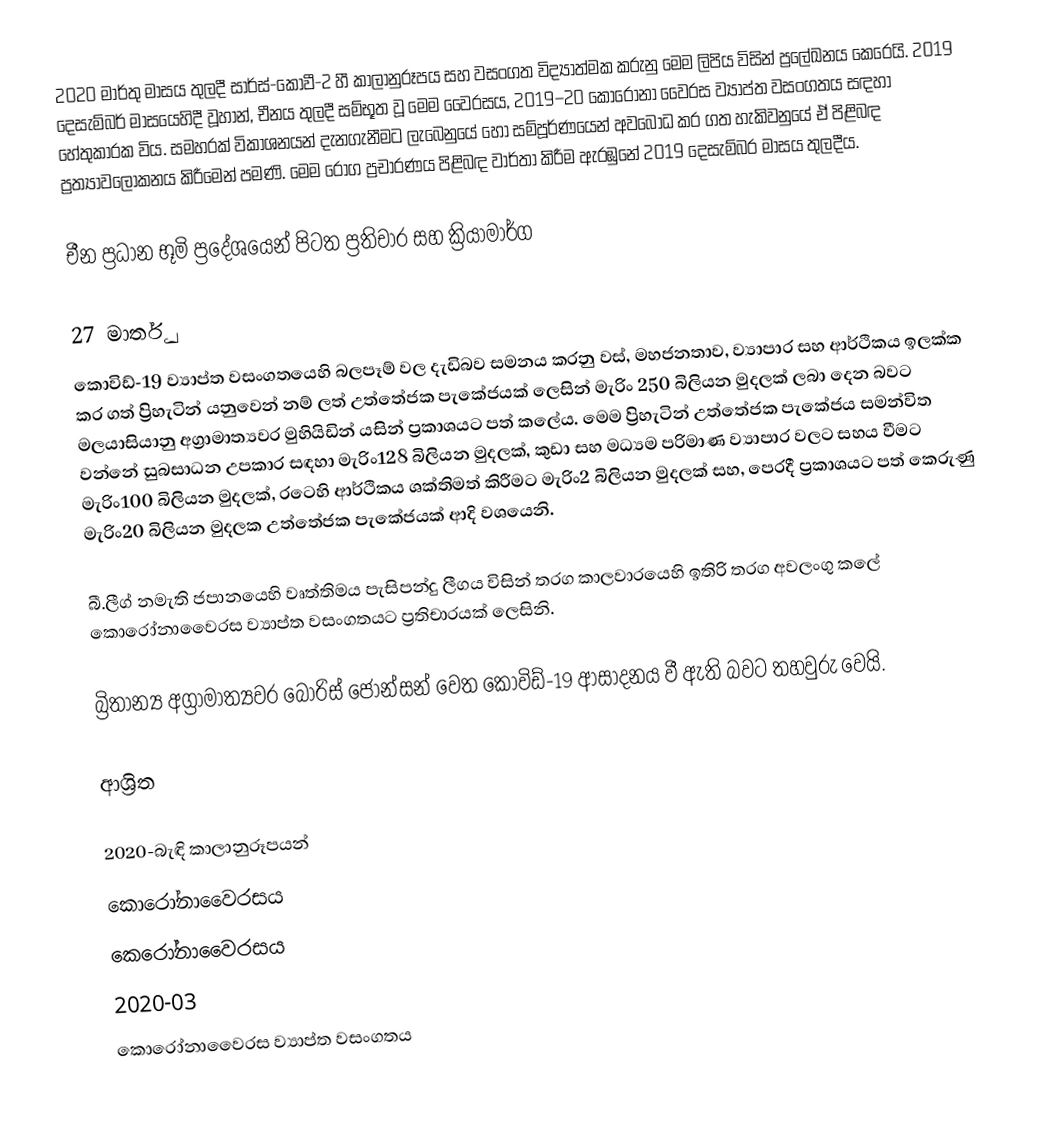
2020 මාර්තු මාසය තුලදී සාර්ස්-කොවී-2 හී කාලානුරූපය සහ වසංගත විද්‍යාත්මක කරුනු මෙම ලිපිය විසින් ප්‍රලේඛනය කෙරෙයි. 2019 දෙසැම්බර් මාසයෙහිදී වූහාන්, චීනය තුලදී  සම්භූත වූ මෙම වෛරසය, 2019–20 කොරෝනා වෛරස ව්‍යාප්ත වසංගතය සඳහා හේතුකාරක විය. සමහරක් විකාශනයන් දැනගැනීමට ලැබෙනුයේ හෝ සම්පූර්ණයෙන් අවබෝධ කර ගත හැකිවනුයේ ඒ පිළිබඳ ප්‍රත්‍යාවලෝකනය කිරීමෙන් පමණි. මෙම රෝග ප්‍රචාරණය පිළිබඳ වාර්තා කිරීම ඇරඹුනේ  2019 දෙසැම්බර මාසය තුලදීය.

චීන ප්‍රධාන භූමි ප්‍රදේශයෙන් පිටත ප්‍රතිචාර සහ ක්‍රියාමාර්ග

27 මාර්තු
කොවිඩ්-19 ව්‍යාප්ත වසංගතයෙහි බලපෑම් වල දැඩිබව සමනය කරනු වස්, මහජනතාව, ව්‍යාපාර සහ ආර්ථිකය ඉලක්ක කර ගත්  ප්‍රිහැටින් යනුවෙන් නම් ලත් උත්තේජක පැකේජයක් ලෙසින්  මැරිං 250 බිලියන මුදලක්  ලබා දෙන බවට මලයාසියානු අග්‍රාමාත්‍යවර මුහියිඩින් යසින් ප්‍රකාශයට පත් කලේය. මෙම ප්‍රිහැටින් උත්තේජක පැකේජය සමන්විත වන්නේ  සුබසාධන උපකාර සඳහා මැරිං128 බිලියන මුදලක්, කුඩා සහ මධ්‍යම පරිමාණ ව්‍යාපාර වලට සහය වීමට මැරිං100 බිලියන මුදලක්, රටෙහි ආර්ථිකය ශක්තිමත් කිරීමට මැරිං2 බිලියන මුදලක් සහ, පෙරදී ප්‍රකාශයට පත් කෙරුණු මැරිං20 බිලියන මුදලක උත්තේජක පැකේජයක් ආදි වශයෙනි.

බී.ලීග් නමැති ජපානයෙහි වෘත්තිමය පැසිපන්දු ලීගය විසින් තරග කාලවාරයෙහි ඉතිරි තරග අවලංගු කලේ කොරෝනාවෛරස ව්‍යාප්ත වසංගතයට ප්‍රතිචාරයක් ලෙසිනි.

බ්‍රිතාන්‍ය අග්‍රාමාත්‍යවර බොරිස් ජොන්සන් වෙත කොවිඩ්-19 ආසාදනය වී ඇති බවට තහවුරු වෙයි.

ආශ්‍රිත

2020-බැඳි කාලානුරූපයන්
කොරෝනාවෛරසය
කෙරෝනාවෛරසය
2020-03
කොරෝනාවෛරස ව්‍යාප්ත වසංගතය